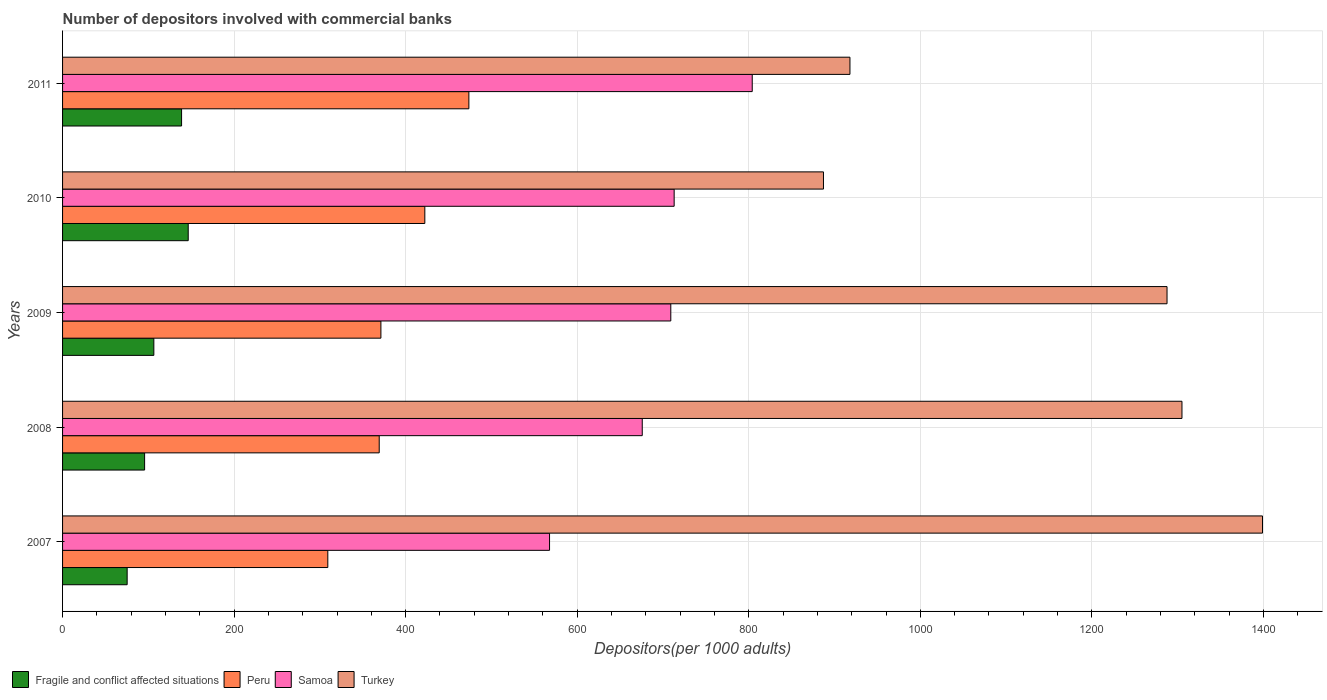
| Years | Fragile and conflict affected situations | Peru | Samoa | Turkey |
 | --- | --- | --- | --- | --- |
 | 2007 | 75.3 | 309 | 568 | 1.4e+03 |
 | 2008 | 95.7 | 369 | 676 | 1.31e+03 |
 | 2009 | 106 | 371 | 709 | 1.29e+03 |
 | 2010 | 146 | 422 | 713 | 887 |
 | 2011 | 139 | 474 | 804 | 918 |